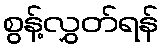
စွန့်လွှတ်ရန်